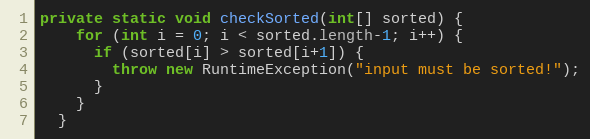
Language: Java
private static void checkSorted(int[] sorted) {
    for (int i = 0; i < sorted.length-1; i++) {
      if (sorted[i] > sorted[i+1]) {
        throw new RuntimeException("input must be sorted!");
      }
    }
  }